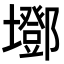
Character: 𡓂